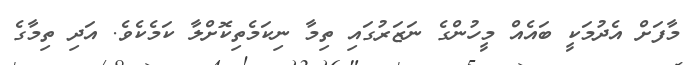
މާފަށް އެދުމަކީ ބައެއް މީހުންގެ ނަޒަރުގައި ތިމާ ނިކަމެތިކޮށްލާ ކަމެކެވެ. އަދި ތިމާގެ